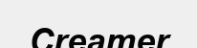
Creamer